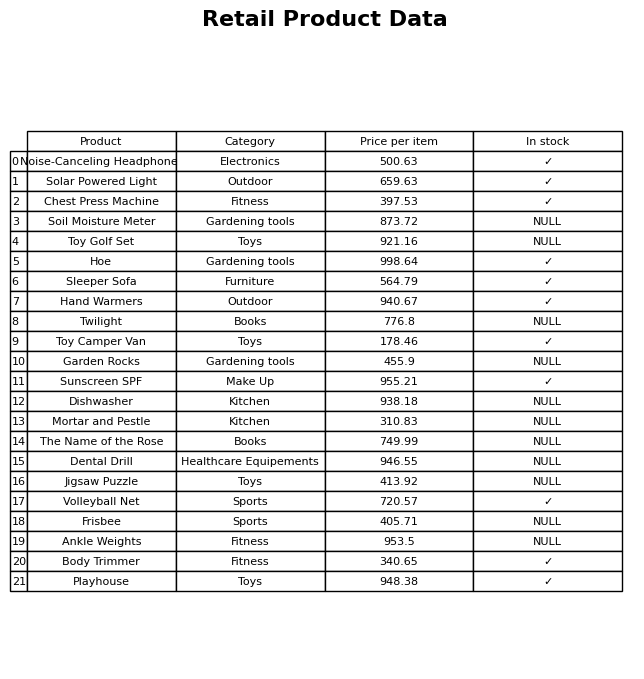
question: What is the price for Toy Camper Van?
answer: The price of Toy Camper Van is 178.46.